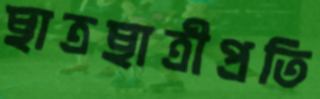
ছাত্রছাত্রীপ্রতি